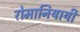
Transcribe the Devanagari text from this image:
रोमानियायी